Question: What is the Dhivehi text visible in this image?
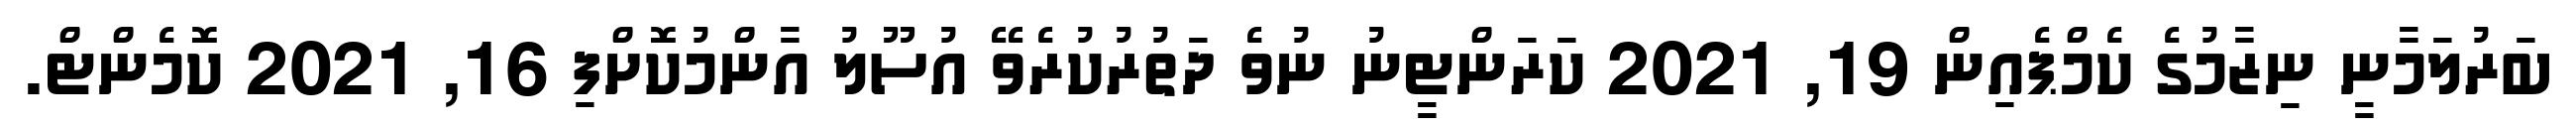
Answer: ބަރުލަމާނީ ނިޒާމުގެ ކެމްޕެއިން 19, 2021 ކަރަންޓީނު ނުވެ ދަތުރުކުރެވޭ އުސޫލު އާންމުކޮށްފި 16, 2021 ކޮމެންޓް.